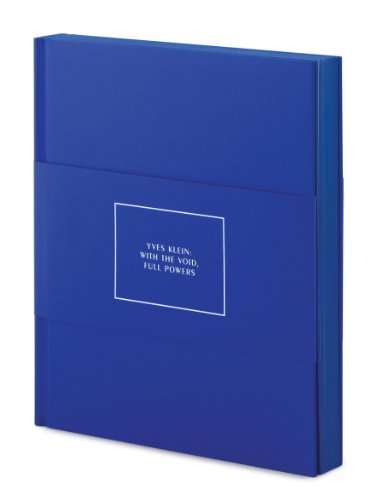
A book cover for Yves Klein: With the Void, Full Powers; Kerry Brougher; Arts & Photography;